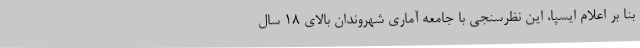
بنا بر اعلام ایسپا، این نظرسنجی با جامعه آماری شهروندان بالای 18 سال